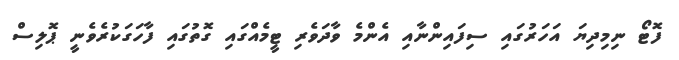
ފޮޓޯ ނިމިދިޔަ އަހަރުގައި ސިފައިންނާއި އެންމެ ވާދަވެރި ޓީމެއްގައި ގޮތުގައި ފާހަގަކުރެވެނީ ޕޮލިސް